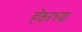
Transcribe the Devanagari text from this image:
हॅकरच्या